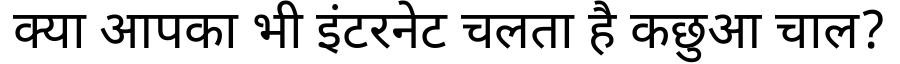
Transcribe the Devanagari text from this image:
क्या आपका भी इंटरनेट चलता है कछुआ चाल?